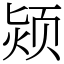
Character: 颎